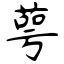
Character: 萼